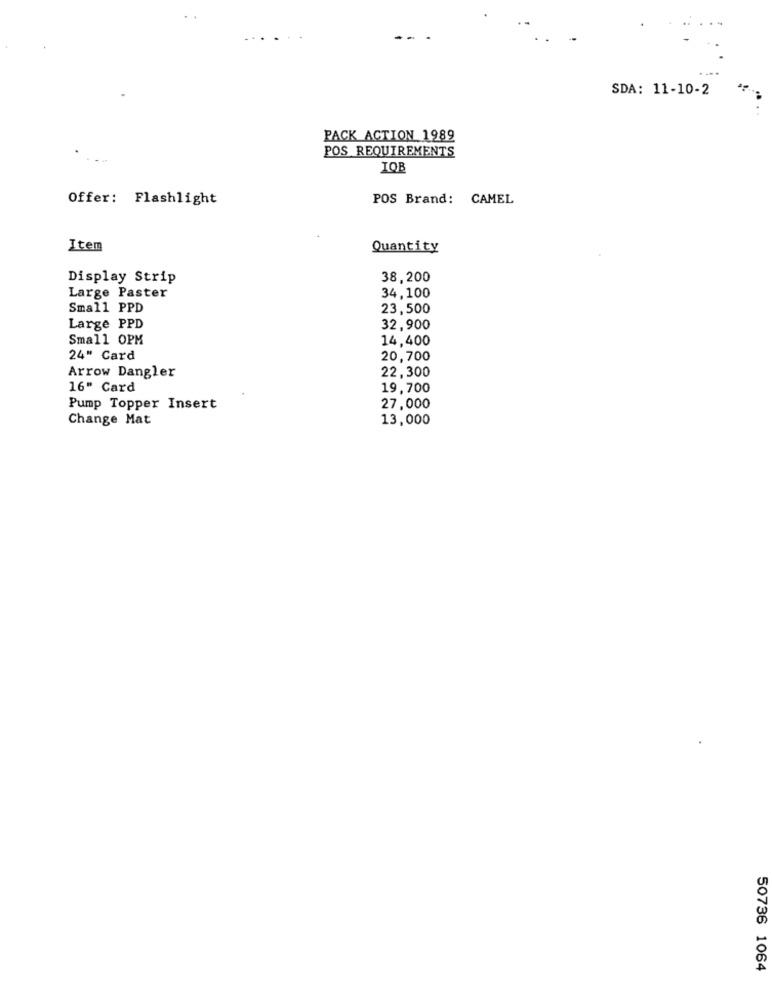
SDA: 11-10-2
PACK ACTION 1989
POS REQUIREMENTS
IQB
Offer: Flashlight
POS Brand: CAMEL
Item
Quantity
Display Strip
38,200
Large Paster
34,100
Small PPD
23,500
Large PPD
32,900
Small OPM
14,400
24" Card
20,700
22,300
Arrow Dangler
16" Card
19,700
Pump Topper Insert
27,000
Change Mat
13,000
50736 1064